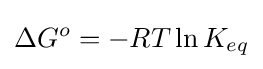
\Delta G^{o}=-RT\ln K_{eq}